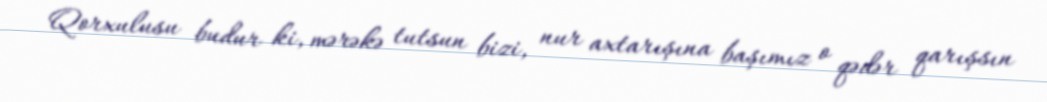
Qorxulusu budur ki, mərəkə tutsun bizi, nur axtarışına başımız o qədər qarışsın